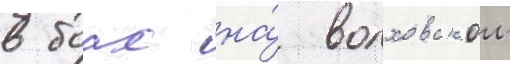
в боах на́ волховском